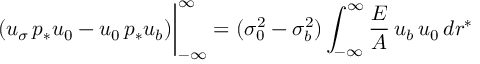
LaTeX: ( u _ { \sigma } \, p _ { * } u _ { 0 } - u _ { 0 } \, p _ { * } u _ { b } ) \bigg | _ { - \infty } ^ { \infty } = ( \sigma _ { 0 } ^ { 2 } - \sigma _ { b } ^ { 2 } ) \int _ { - \infty } ^ { \infty } \frac { { \cal E } } { { \cal A } } \, u _ { b } \, u _ { 0 } \, d r ^ { * }